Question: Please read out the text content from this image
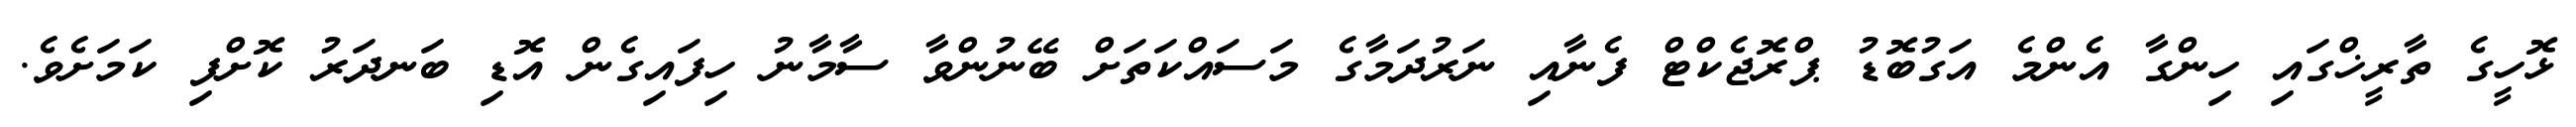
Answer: ޅޮހީގެ ތާރީޚްގައި ހިންގާ އެންމެ އަގުބޮޑު ޕްރޮޖެކްޓް ފެނާއި ނަރުދަމާގެ މަސައްކަތަށް ބޭނުންވާ ސާމާނު ހިފައިގެން އޮޑި ބަނދަރު ކޮށްފި ކަމަށެވެ.